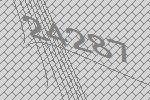
24287